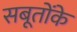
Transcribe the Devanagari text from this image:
सबूतोंके